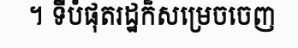
។ ទីបំផុតរដ្ឋក៏សម្រេចចេញ